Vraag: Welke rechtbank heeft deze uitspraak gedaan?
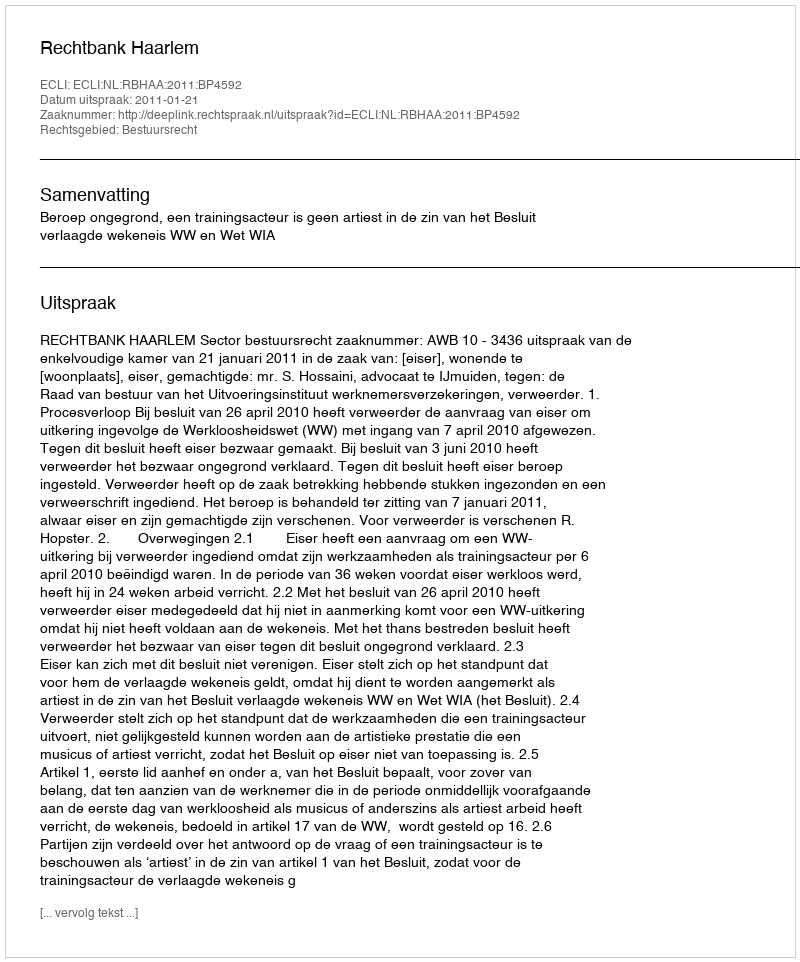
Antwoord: Rechtbank Haarlem